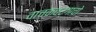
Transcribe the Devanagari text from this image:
वाचकवर्गाचो